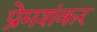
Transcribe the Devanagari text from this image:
प्रेमशंकर